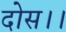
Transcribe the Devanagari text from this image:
दोस।।